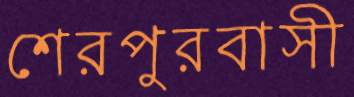
শেরপুরবাসী